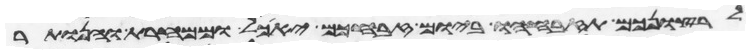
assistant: לרצונכם תזבחהו ביום זבחכם יאכל וממחרת והנותר